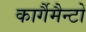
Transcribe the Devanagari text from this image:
कार्गैमैन्टो